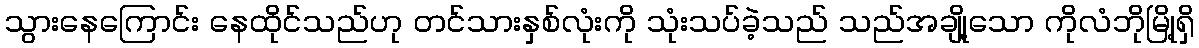
သွားနေကြောင်း နေထိုင်သည်ဟု တင်သားနှစ်လုံးကို သုံးသပ်ခဲ့သည် သည်အချို့သော ကိုလံဘိုမြို့ရှိ